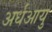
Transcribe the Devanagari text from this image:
अर्धआयु